Tezpur Lunatic Asylum reports 1877-1894 - 1877-1894
Year: 1877
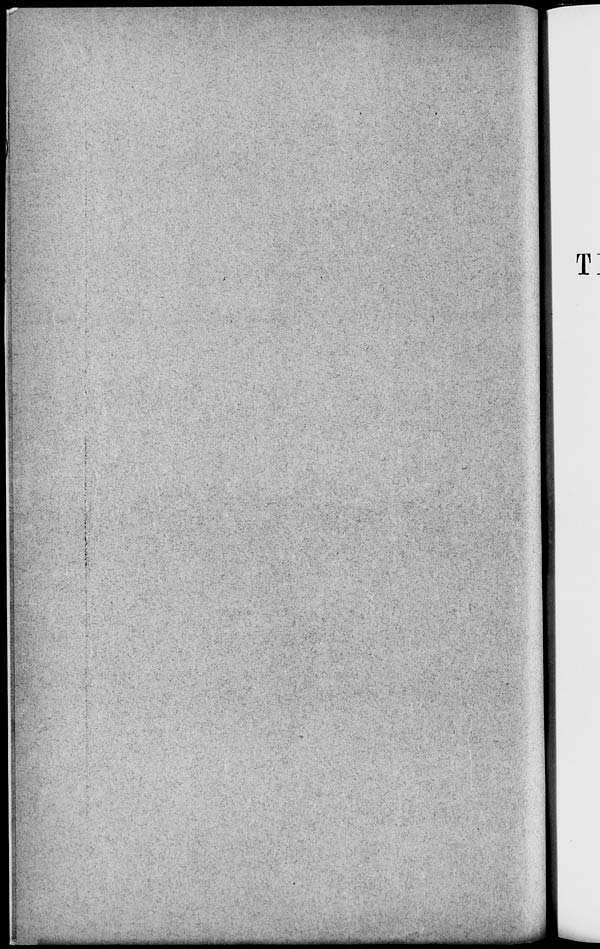
T
_